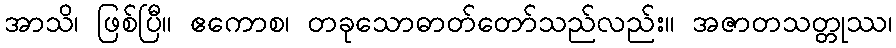
အာသိ၊ ဖြစ်ပြီ။ ဧကောစ၊ တခုသောဓာတ်တော်သည်လည်း။ အဇာတသတ္တုဿ၊